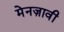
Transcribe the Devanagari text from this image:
मेनज़ावी